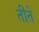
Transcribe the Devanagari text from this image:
तीते